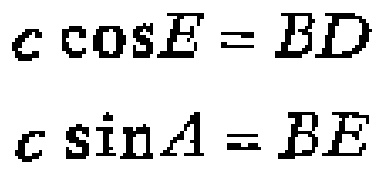
\[
\begin{align*}
c\cos E&=BD\\
c\sin A&=BE
\end{align*}
\]